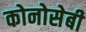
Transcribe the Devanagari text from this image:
कोनोसेबी